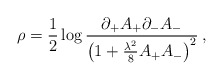
\begin{align*}\rho={1\over2}\log{ \partial_+A_+\partial_-A_-\over \left(1+{\lambda^2\over8}A_+A_-\right)^2}\>,\end{align*}